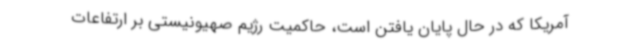
آمریکا که در حال پایان یافتن است، حاکمیت رژیم صهیونیستی بر ارتفاعات